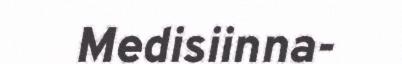
Medisiinna-